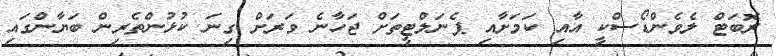
ރޮބަޓް ލެވެންޑޯސްކީ އާއި ކަމަށާއި ޕެނަލްޓީތަށް ޖަހާނެ ވަރަށް ގިނަ ކުޅުންތެރިން ބަޔާންގައި